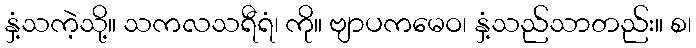
နှံ့သကဲ့သို့။ သကလသရီရံ၊ ကို။ ဗျာပကမေဝ၊ နှံ့သည်သာတည်း။ စ၊